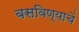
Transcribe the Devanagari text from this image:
बसविण्याचें